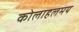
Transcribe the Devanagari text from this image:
कोलाहलमय